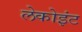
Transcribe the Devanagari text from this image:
लेकोइंट